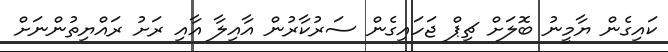
ކައިގެން ޔާމީނު ބޮލަށް ޗިޕް ޖަހައިގެން ސަރުކާރުން އާއިލާ އާއި ރަށު ރައްޔިތުންނަށް